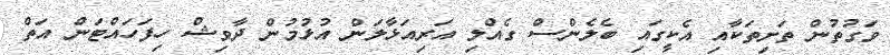
ވަގުތުން ތަށިތަކާއި އެކީގައި ބެލެންސް ގެއްލި އަރިއަޅާލަން އުޅުމުން ދާވިޝް ހިފަހައްޓަން އަތް